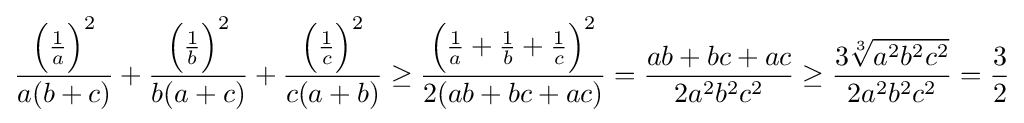
{\frac {{\Big (}{\frac {1}{a}}{\Big )}^{2}}{a(b+c)}}+{\frac {{\Big (}{\frac {1}{b}}{\Big )}^{2}}{b(a+c)}}+{\frac {{\Big (}{\frac {1}{c}}{\Big )}^{2}}{c(a+b)}}\geq {\frac {{\Big (}{\frac {1}{a}}+{\frac {1}{b}}+{\frac {1}{c}}{\Big )}^{2}}{2(ab+bc+ac)}}={\frac {ab+bc+ac}{2a^{2}b^{2}c^{2}}}\geq {\frac {3{\sqrt[{3}]{a^{2}b^{2}c^{2}}}}{2a^{2}b^{2}c^{2}}}={\frac {3}{2}}